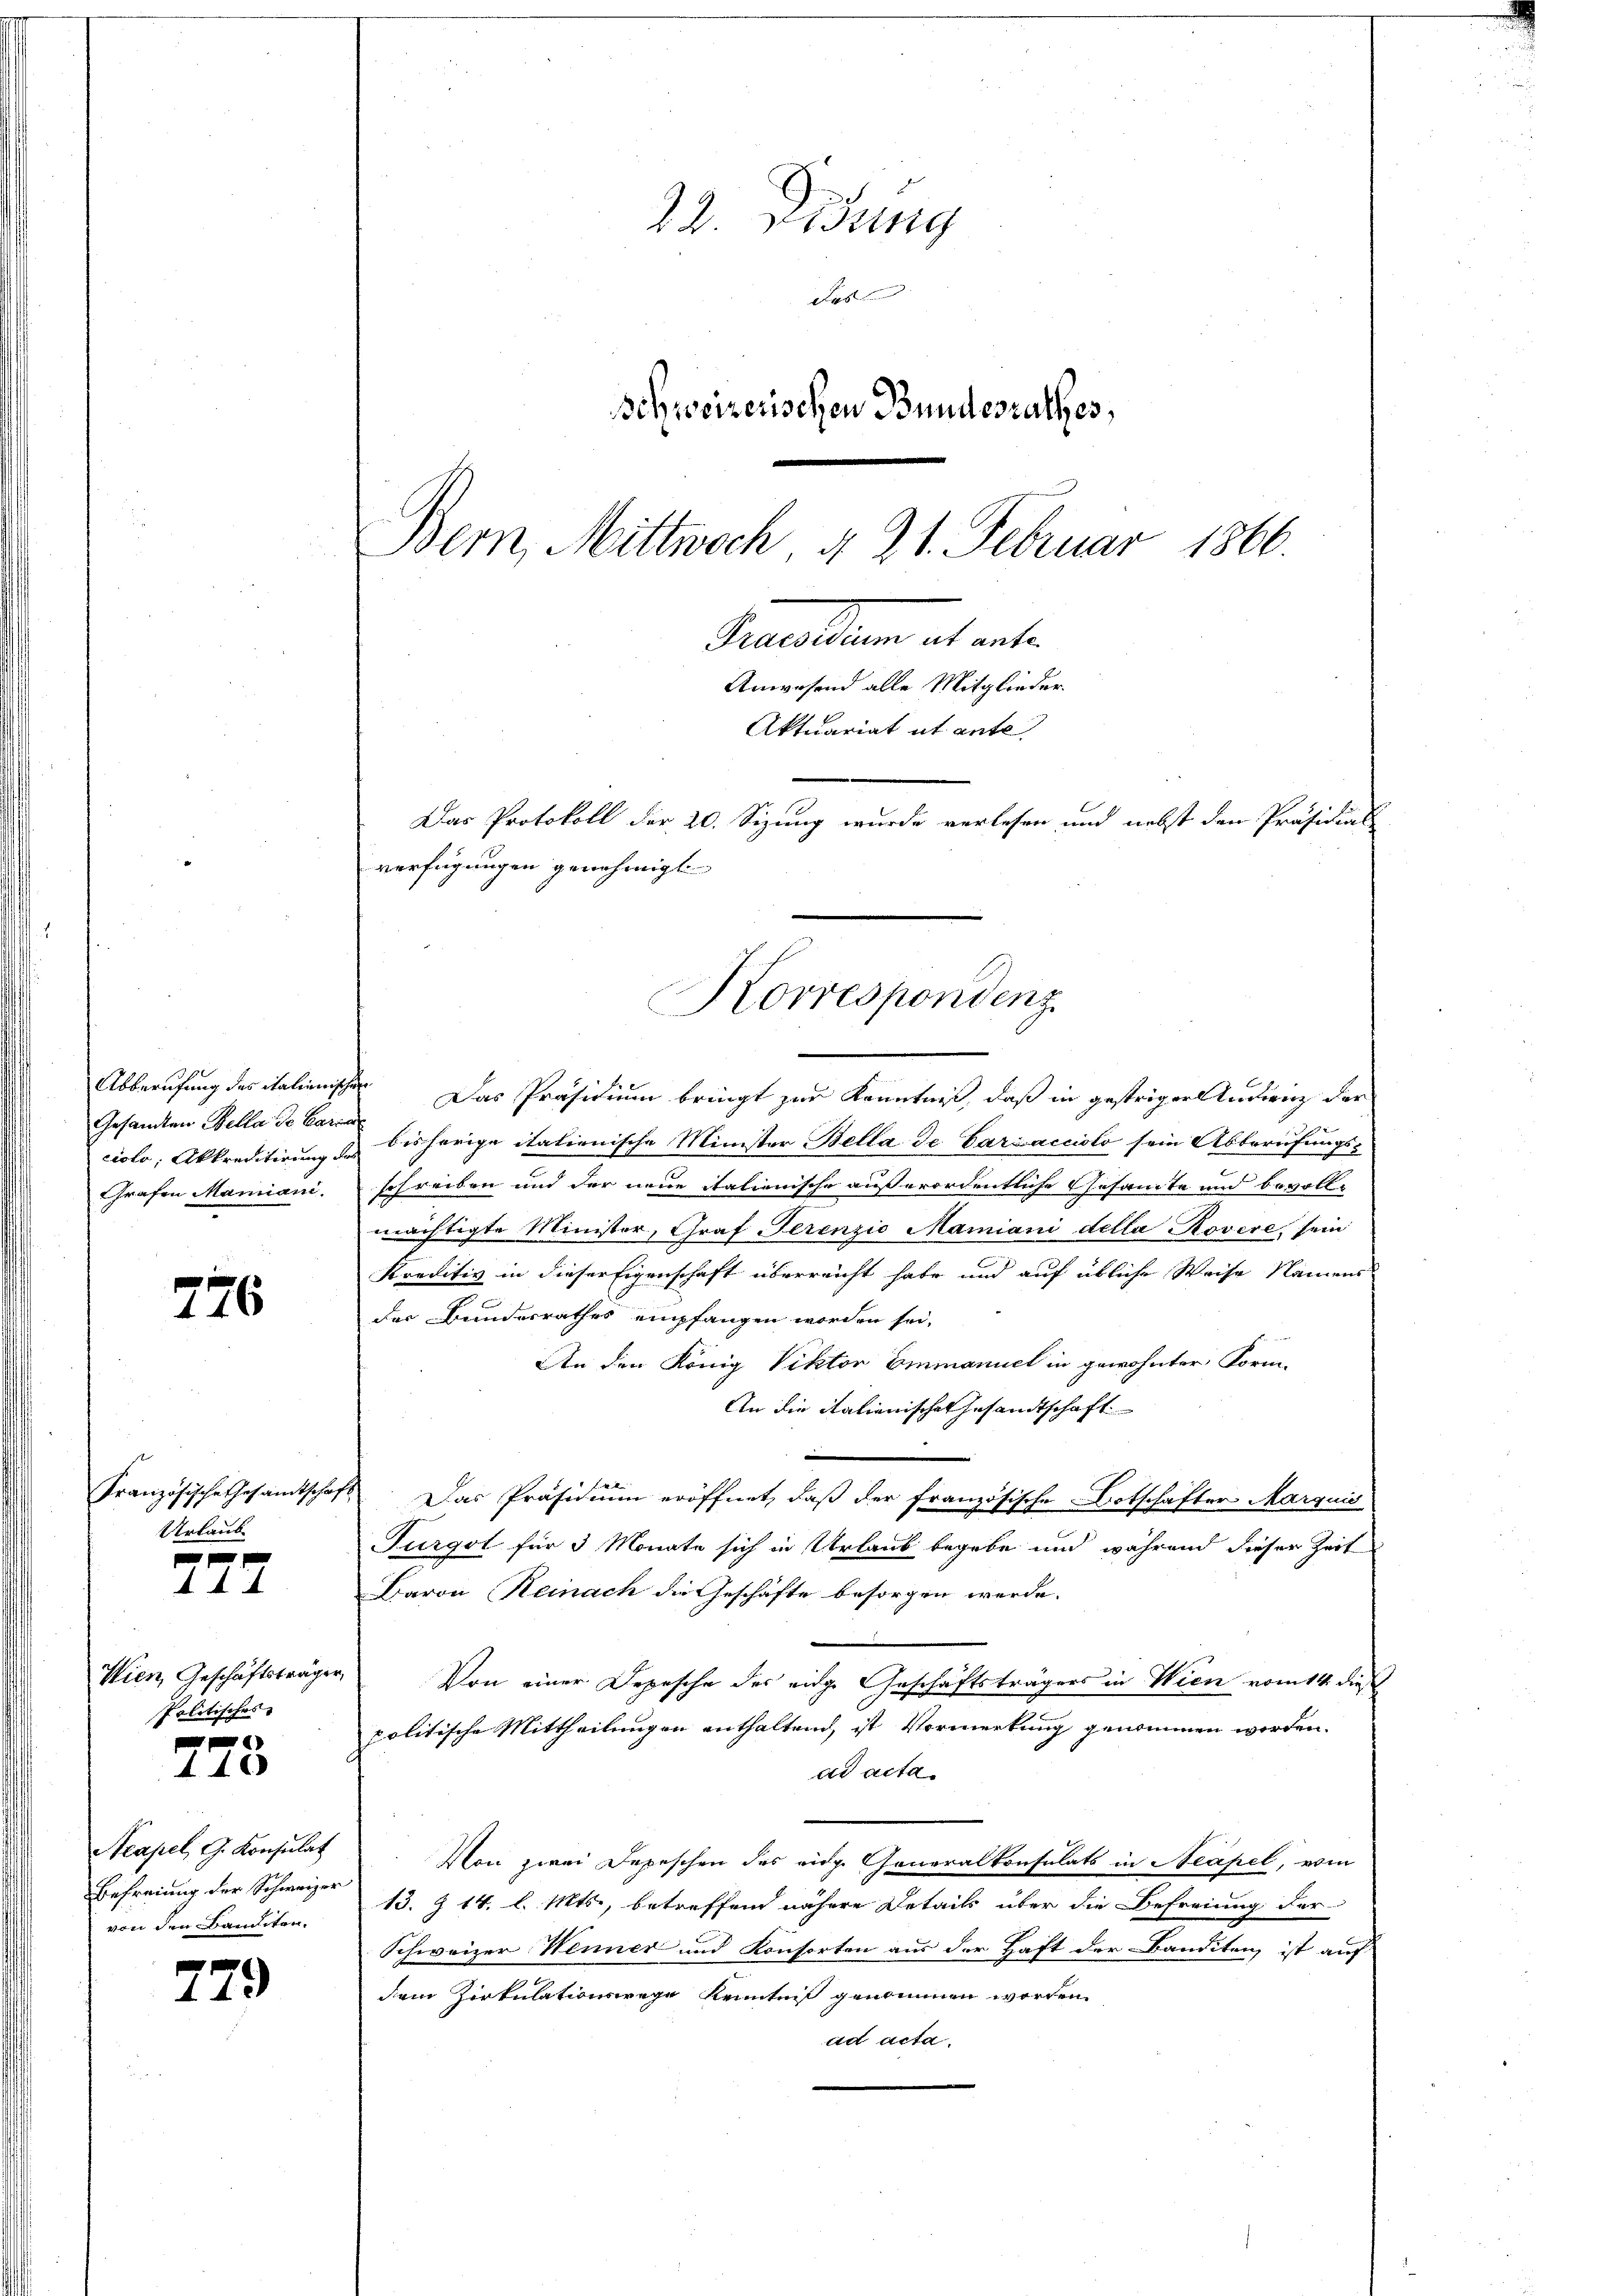
ciolo, Akkreditirung des
Grafen Manniani.

776

Urlaub
e

A A

Wien Geschäftsträger
Politisches

f
440

Acapel, G. Konsulat
Befreiung der Schweizer
von den Banditen.

779

22. Didung
das
Schweizerischen Bundesrathes,
Bern, Mittwoch § 21. Februar 1866.

Das Protokoll der 20. Sizung wurde verlesen und nebst den Präsidial-
verfügungen genehmigt
Korrespondenz

Secetten ab weite
Anwesend alle Mitglieder.
Aktuariat et ante

Abberufung des italienischen Das Präsidium bringt zur Kenntniß, daß in gestriger Andring der
Gesandten Bella de der bisherige italienische Minister Bella de Carcaccislo sein Abberufungs-
schreiben und der neue italienische außerordentliche Gesamte und bevollmächtigte Minister, Graf Ferenzio Mamiani della Rovere, sein
Kreditiv in dieser Eigenschaft überreicht habe und auf übliche Weise Namens
der Bundesrathes empfangen worden sei,
An den König Viktor Emmanuel in gewohnter Form-
An die italienisches Gesandtschaft
Französische Gesamtschaft. Das Präsidium eröffnet, daß der französische Botschafter Marquis
Furgot für 3 Monate sich in Urlaub begebe und während dieser Zeit
Baron Reinach die Geschäfte besorgen werde.
Von einer Depesche des eidge Geschäftsträgers in Wien vom 14. dieß
politische Mittheilungen enthaltend, ist Vormerkung genommen worden.
ad acta
Von zwei Depeschen des eidge Generalkonsulats in Neapel, vom
13. Z 14. l. Mts., betreffend nähere Details über die Befreiung der
Schweizer Wenner und Konsorten aus der Haft der Kanditen ist auf
dem Zirkulationswege Kenntniß genommen worden.
ad acta.